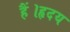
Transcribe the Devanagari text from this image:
हैं।हृदय